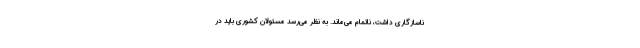
ناسازگاری داشت، ناتمام می‌ماند. به نظر می‌رسد مسئولان کشوری باید در